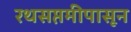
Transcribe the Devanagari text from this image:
रथसप्तमीपासून